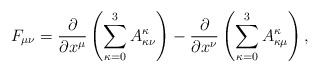
\begin{align*}F_{\mu \nu} = \frac{\partial }{\partial x^{\mu}} \left( \sum_{\kappa = 0}^{3} A_{\kappa \nu}^{\kappa} \right) -\frac{\partial }{\partial x^{\nu}} \left( \sum_{\kappa = 0}^{3} A_{\kappa \mu}^{\kappa} \right),\end{align*}